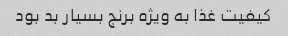
کیفیت غذا به ویژه برنج بسیار بد بود